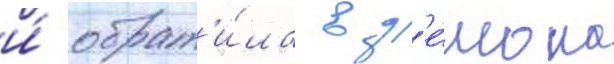
и́ обрат'и́ла в д'е́мона